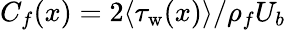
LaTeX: C_{f}(x)={2\langle\tau_{\mathrm{w}}(x)\rangle}/{\rho_{f}U_{b}}